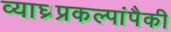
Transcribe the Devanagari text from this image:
व्याघ्रप्रकल्पांपैकी